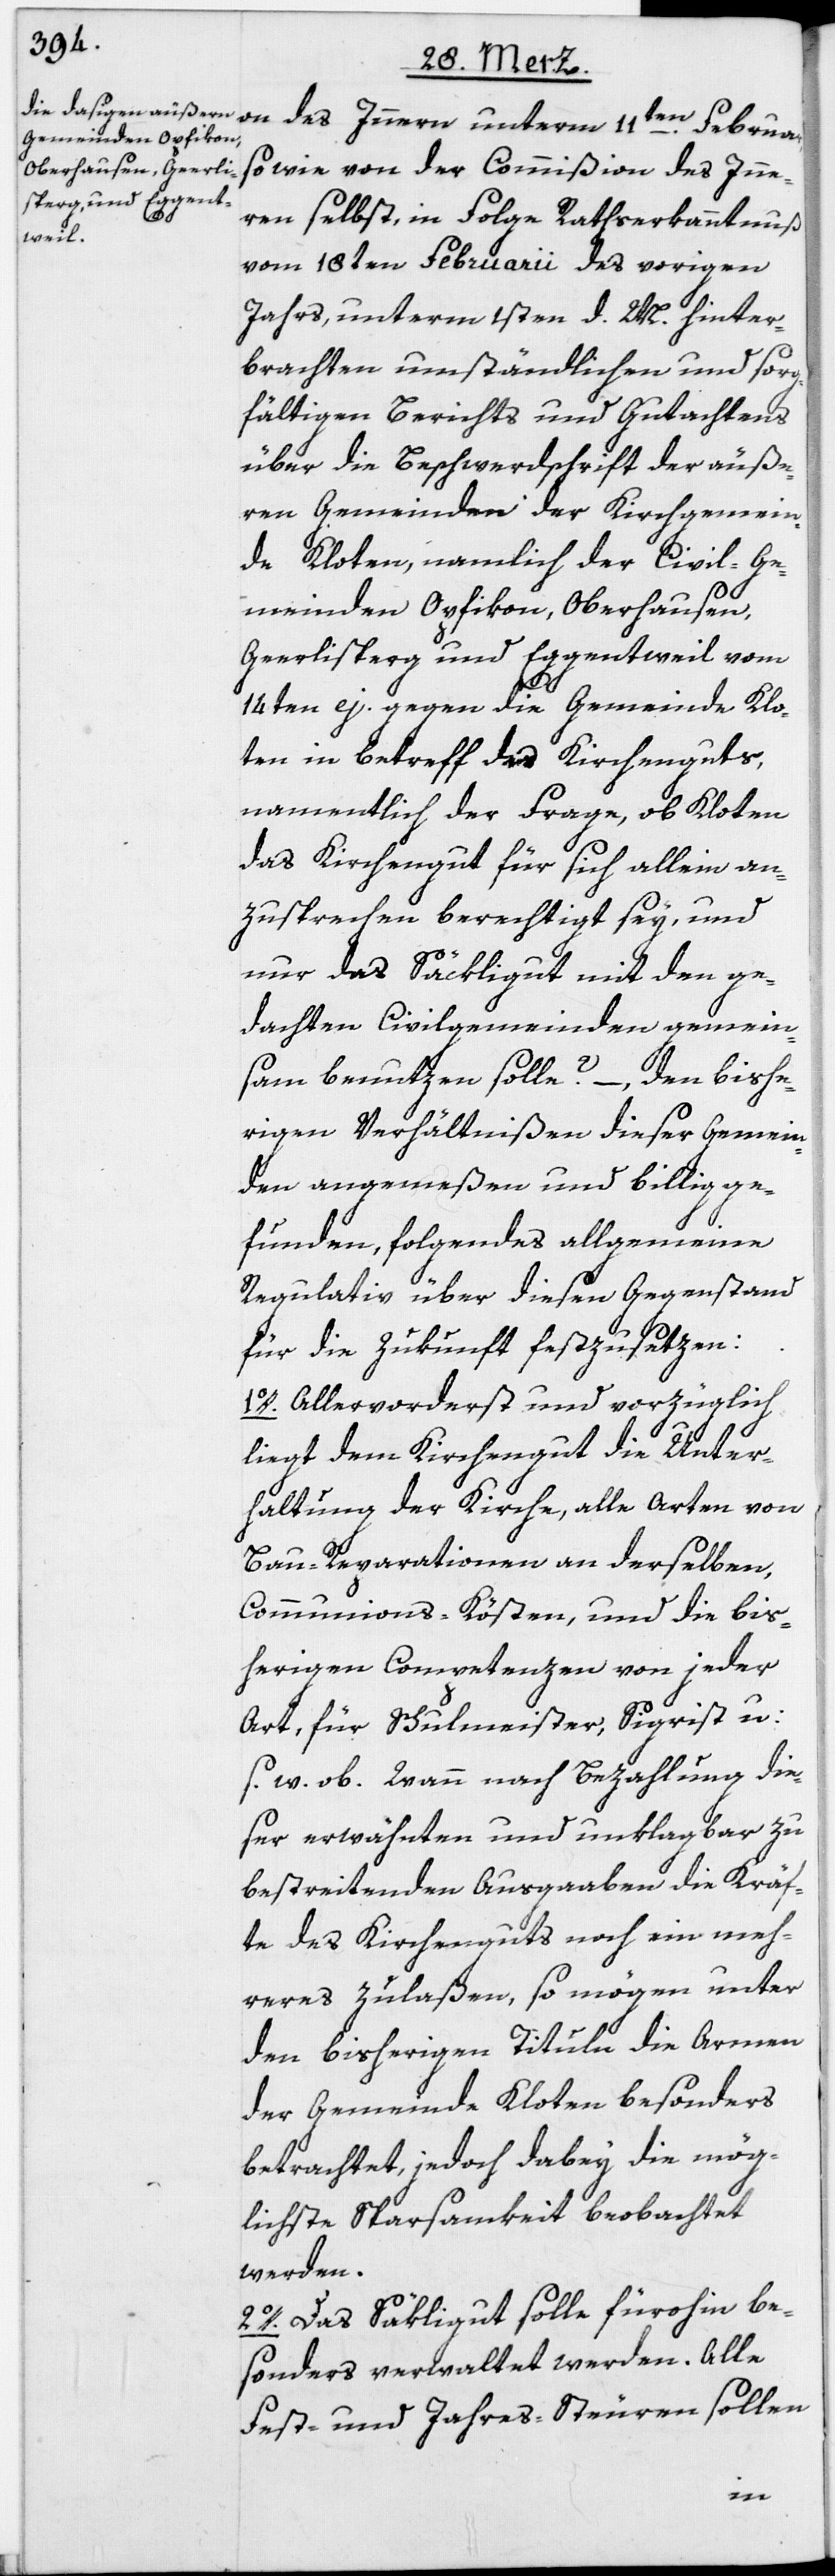
sowie von der Commißion des Inne¬
ren selbst, in Folge Rathserkanntnuß
vom 18ten Februarii des vorigen
Jahrs, unterm 1sten d. M. hinter¬
brachten umständlichen und sorg¬
fältigen Berichts und Gutachtens
über die Beschwerdschrift der äuße¬
ren Gemeinden der Kirchgemein¬
de Kloten, namlich der Civil-Ge¬
meinden Opfikon, Oberhausen,
Geerlisperg und Eggentweil vom
14ten ej. gegen die Gemeinde Klo¬
ten in betreff des Kirchenguts,
namentlich der Frage, ob Kloten
das Kirchengut für sich allein an¬
zusprechen berechtigt sey, und
nur das Säckligut mit den ge¬
dachten Civilgemeinden gemein¬
sam benutzen solle? –, den bishe¬
rigen Verhältnißen dieser Gemein¬
den angemeßen und billig ge¬
funden, folgendes allgemeine
Regultaiv über diesen Gegenstand
für die Zukunft festzusetzen:
1o. Allervorderst und vorzüglich
liegt dem Kirchengut die Unter¬
haltung der Kirche, alle Arten von
Bau-Reparationen an derselben,
Communions-Kösten, und die bis¬
herigen Competenzen von jeder
Art, für Schulmeister, Sigrist u:
s. w. ob. Wann nach Bezahlung die¬
ser erwähnten und unklagbar zu
bestreitenden Ausgaaben die Kräf¬
te des Kirchenguts noch ein meh¬
reres zulaßen, so mögen unter
den bisherigen Tituln die Armen
der Gemeinde Kloten besonders
betrachtet, jedoch dabey die mög¬
lichste Sparsamkeit beobachtet
werden.
2o. Das Säkligut solle fürohin be¬
sonders verwaltet werden. Alle
Fest- und Jahres-Steuren sollen
11ten.